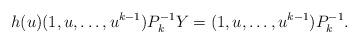
LaTeX: \begin{align*}h(u)(1,u,\ldots,u^{k-1})P_k^{-1}Y=(1,u,\ldots,u^{k-1})P_k^{-1}.\end{align*}